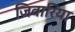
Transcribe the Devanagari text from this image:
जिवारिया